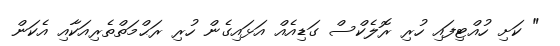
" ކަށި ހުއްޓިފައި ހުރި ރޮލެކްސް ގަޑިއެއް އަޅައިގެން ހުރި ރަޙްމަތްތެރިއަކާއި އެކަން